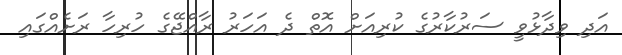
އަދި ވިދާޅުވީ ސަރުކާރުގެ ކުރިއަށް އޮތް ދެ އަހަރު ރާއްޖޭގެ ހުރިހާ ރަށެއްގައި